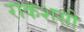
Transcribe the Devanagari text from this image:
राकशसी